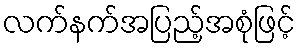
လက်နက်အပြည့်အစုံဖြင့်